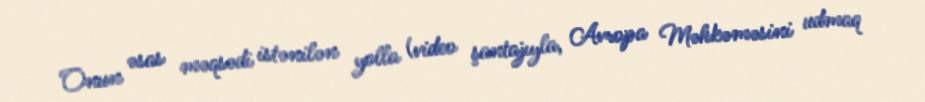
Onun əsas məqsədi istənilən yolla (video şantajıyla, Avropa Məhkəməsini udmaq